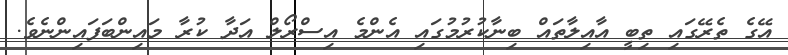
އޭގެ ތެރޭގައި ތިބީ އާއިލާތައް ބިނާކުރުމުގައި އެންމެ އިސްރޯލް އަދާ ކުރާ މައިންބަފައިންނެވެ.